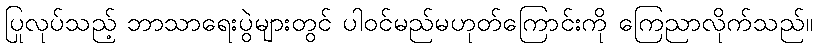
ပြုလုပ်သည့် ဘာသာရေးပွဲများတွင် ပါဝင်မည်မဟုတ်ကြောင်းကို ကြေညာလိုက်သည်။